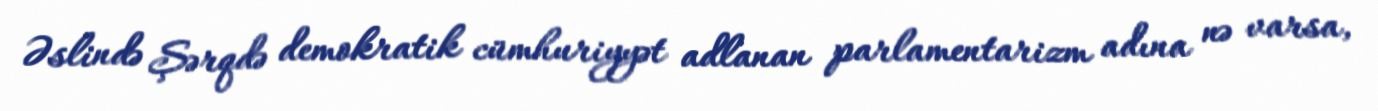
Əslində Şərqdə demokratik cümhuriyyət adlanan parlamentarizm adına nə varsa,